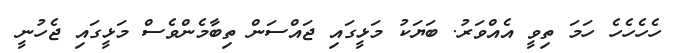
ހެހެހެހެ ހަމަ ތިވީ އެއްވަރު. ބަޔަކު މަޅީގައި ޖައްސަން ތިބާމެންވެސް މަޅީގައި ޖެހުނީ